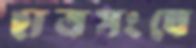
ছাত্রসংঘে